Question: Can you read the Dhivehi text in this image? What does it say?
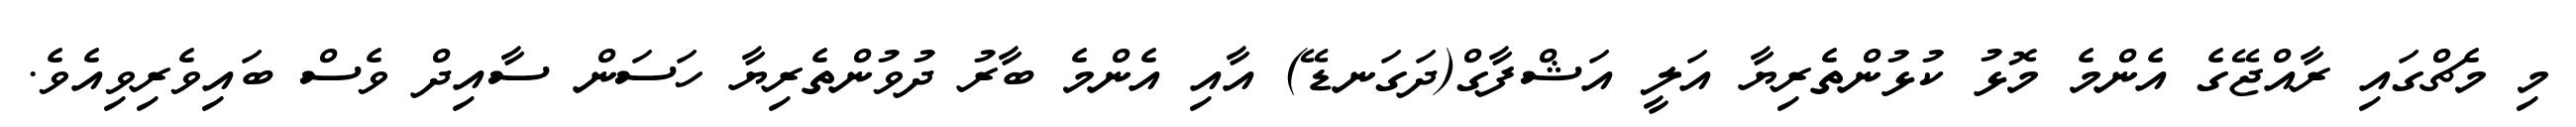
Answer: މި މެޗްގައި ރާއްޖޭގެ އެންމެ މޮޅު ކުޅުންތެރިޔާ އަލީ އަޝްފާގް(ދަގަނޑޭ) އާއި އެންމެ ބާރު ދުވުންތެރިޔާ ހަސަން ސާއިދް ވެސް ބައިވެރިވިއެވެ.